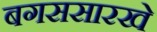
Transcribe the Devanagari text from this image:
बगससारखे